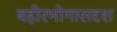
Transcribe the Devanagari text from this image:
बहीरभोगासदृश